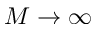
M \to \infty